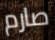
صارم